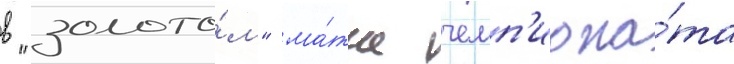
в "золото́м" ма́тче чемп'иона́та